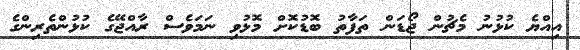
އިއްޔެ ކުޅުނު މެޗުން ޖޯޑަން ތަފާތު ބޮޑުކޮށް މޮޅުވި ނަމަވެސް ރާއްޖޭގެ ކުޅުންތެރިންގެ